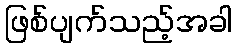
ဖြစ်ပျက်သည့်အခါ